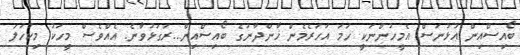
ބޯއިސްއިން އުޅުނަސް އެމީހުންނަކީ ހަމަ އަހަރެމެން ޚާންދާނުގެ ބޯއިސްއިން...ރަގަޅުވާނެ. އެއްވެސް މީހަކު މިކަހަލަ